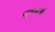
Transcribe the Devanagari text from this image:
सुखदःखे